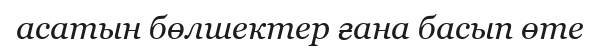
асатын бөлшектер ғана басып өте